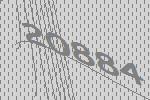
20884